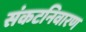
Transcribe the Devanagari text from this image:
संकटनिवारण